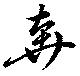
奔